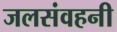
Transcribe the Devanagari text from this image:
जलसंवहनी